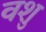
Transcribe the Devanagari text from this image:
वशु